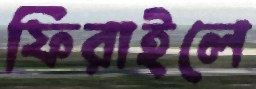
ফিরাইলে